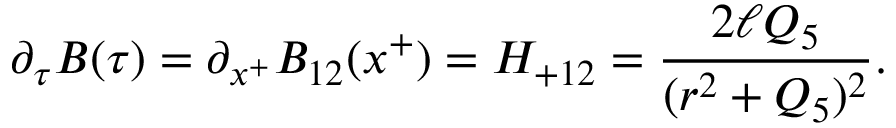
\partial _ { \tau } B ( \tau ) = \partial _ { x ^ { + } } B _ { 1 2 } ( x ^ { + } ) = H _ { + 1 2 } = { \frac { 2 \ell Q _ { 5 } } { ( r ^ { 2 } + Q _ { 5 } ) ^ { 2 } } } .